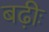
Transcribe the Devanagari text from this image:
बढ़ीः